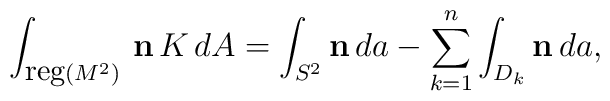
\int_{{\mbox{\small{reg}}} (M^2)}\, {\bf n}\, K\, dA = \int_{S^2} {\bf n}\, da - \sum_{k=1}^{n} \int_{D_k} {\bf n}\, da,